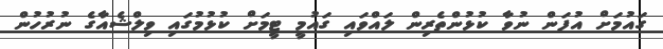
ގައުމަށް އުފަން ނުވާ ކުޅުންތެރިން ލައްވައި ގައުމީ ޓީމަށް ކުޅުމުގައި ވިލްޝެއާގެ ނުރުހުން